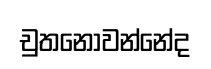
චුතනොවන්නේද